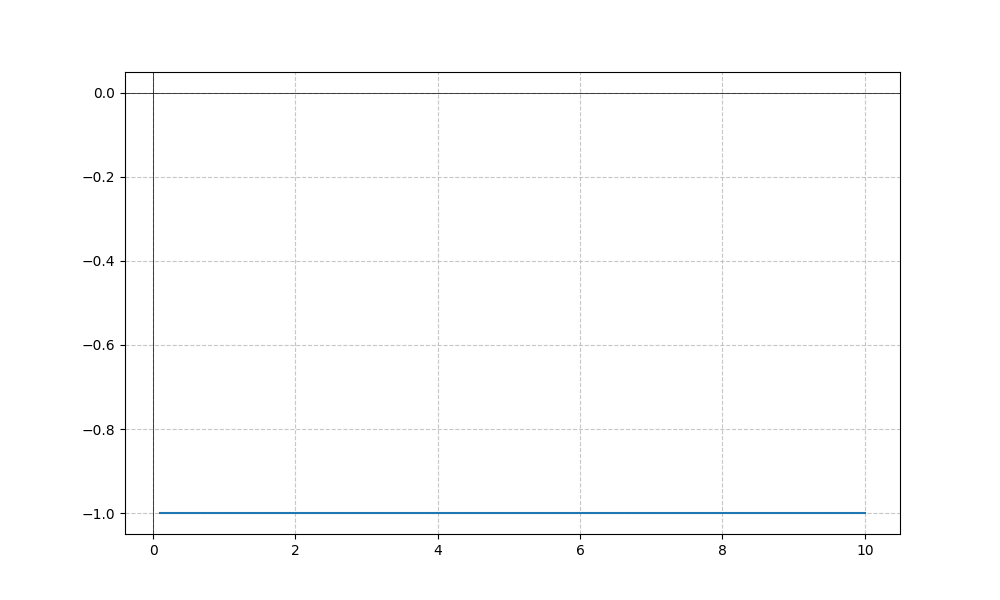
LaTeX formula: - \tan{\left(x \right)} \cot{\left(x \right)}